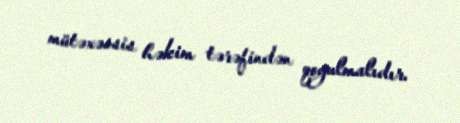
mütəxəssis həkim tərəfindən qoyulmalıdır.